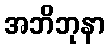
အဘိဘုနာ